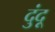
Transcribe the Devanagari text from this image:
दुंदू